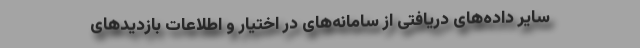
سایر داده‌های دریافتی از سامانه‌های در اختیار و اطلاعات بازدیدهای